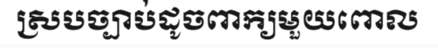
ស្របច្បាប់ដូចពាក្យមួយពោល